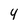
Character: 4